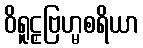
ဝိရူဠှဗြဟ္မစရိယာ